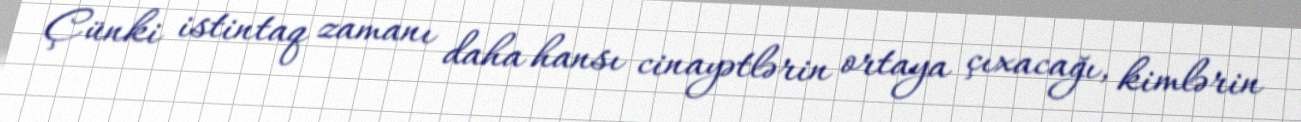
Çünki istintaq zamanı daha hansı cinayətlərin ortaya çıxacağı, kimlərin